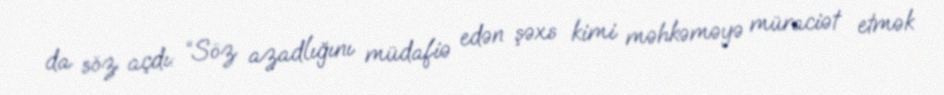
da söz açdı: “Söz azadlığını müdafiə edən şəxs kimi məhkəməyə müraciət etmək